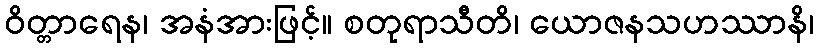
ဝိတ္တာရေန၊ အနံအားဖြင့်။ စတုရာသီတိ၊ ယောဇနသဟဿာနိ၊